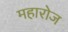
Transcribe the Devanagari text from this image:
महारोज